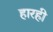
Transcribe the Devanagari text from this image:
हारही